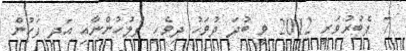
7 ފެބުރުވަރީ 2012 ވީ ބުދަ ދުވަހު ދިވެހި ފުލުހުންނާއި އަދި ފަހުން